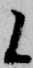
候